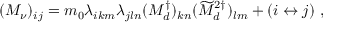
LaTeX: ( M _ { \nu } ) _ { i j } = m _ { 0 } \lambda _ { i k m } \lambda _ { j l n } ( M _ { d } ^ { \dagger } ) _ { k n } ( \widetilde { M } _ { d } ^ { 2 \dagger } ) _ { l m } + ( i \leftrightarrow j ) \ ,